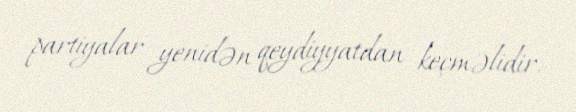
partiyalar yenidən qeydiyyatdan keçməlidir.